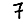
Digit: 7